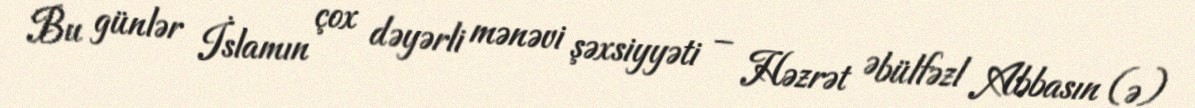
Bu günlər İslamın çox dəyərli mənəvi şəxsiyyəti – Həzrət Əbülfəzl Abbasın (ə)